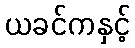
ယခင်ကနှင့်